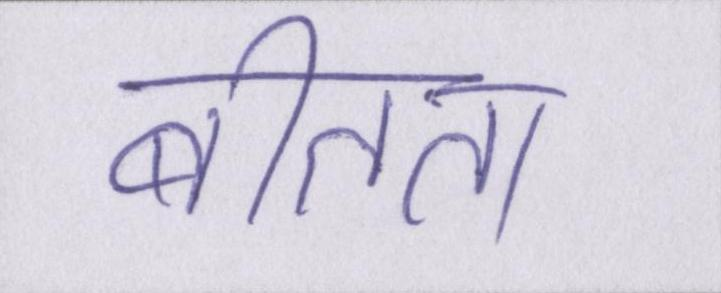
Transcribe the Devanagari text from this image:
बीतता